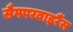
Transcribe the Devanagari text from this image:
सैमपरवाइरैंस